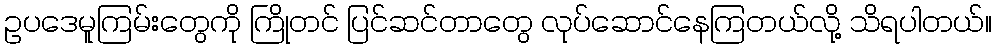
ဥပဒေမူကြမ်းတွေကို ကြိုတင် ပြင်ဆင်တာတွေ လုပ်ဆောင်နေကြတယ်လို့ သိရပါတယ်။